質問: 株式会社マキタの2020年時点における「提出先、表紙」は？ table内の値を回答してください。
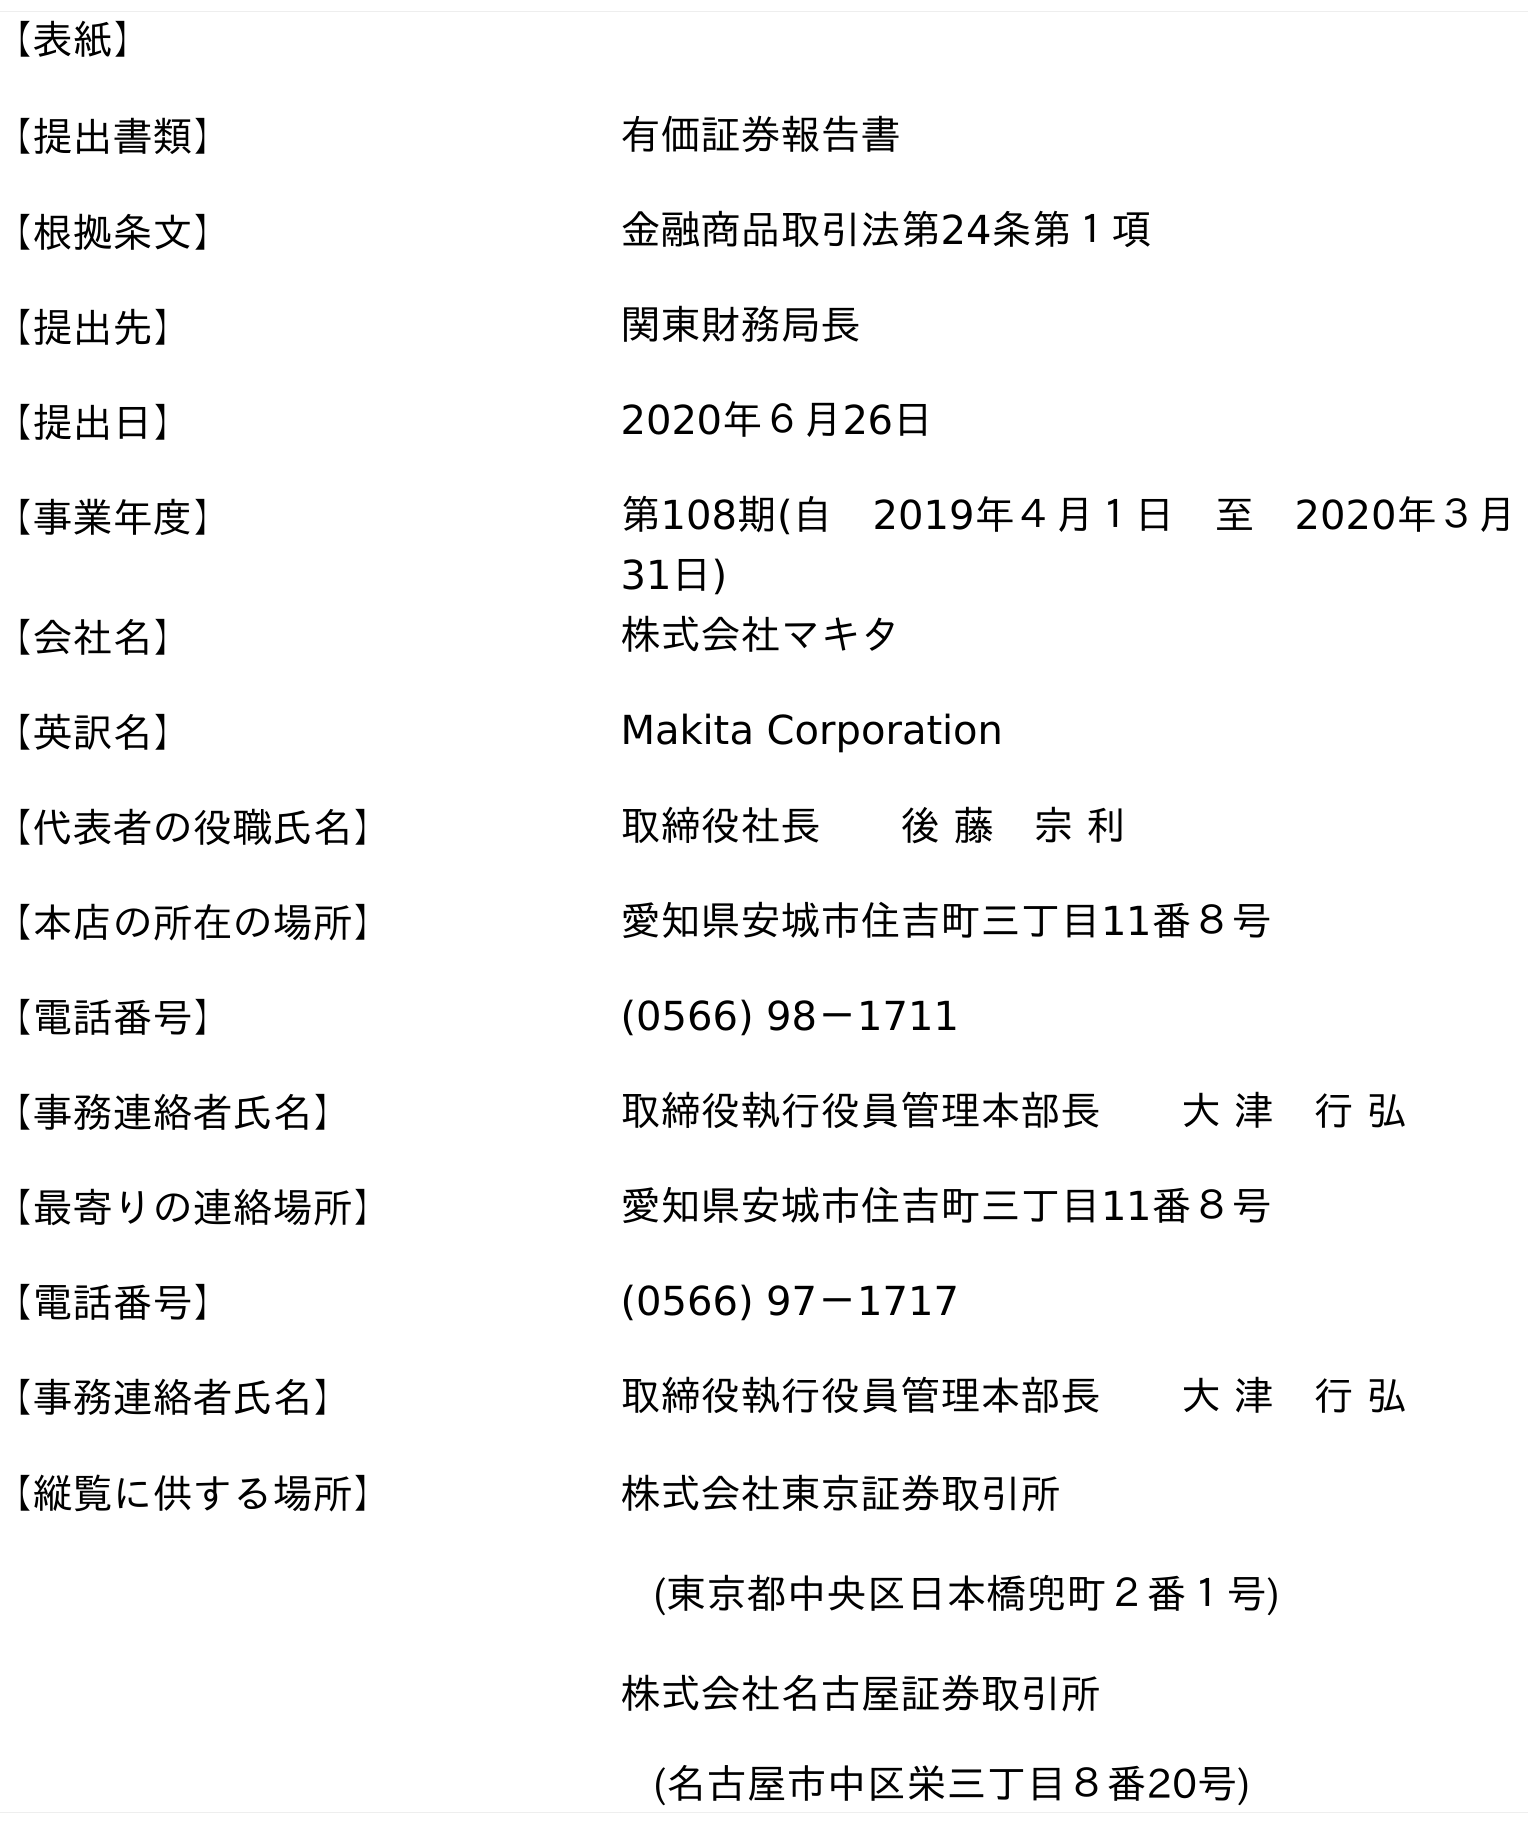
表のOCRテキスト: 【表紙】 【提出書類】 有価証券報告書 【根拠条文】 金融商品取引法第24条第１項 【提出先】 関東財務局長 【提出日】 2020年６月26日 【事業年度】 第108期(自 2019年４月１日 至 2020年３月 31日) 【会社名】 株式会社マキタ 【英訳名】 Makita Corporation 【代表者の役職氏名】 取締役社長  後 藤 宗 利 【本店の所在の場所】 愛知県安城市住吉町三丁目11番８号 【電話番号】 (0566) 98－1711 【事務連絡者氏名】 取締役執行役員管理本部長  大 津 行 弘 【最寄りの連絡場所】 愛知県安城市住吉町三丁目11番８号 【電話番号】 (0566) 97－1717 【事務連絡者氏名】 取締役執行役員管理本部長  大 津 行 弘 【縦覧に供する場所】 株式会社東京証券取引所 (東京都中央区日本橋兜町２番１号) 株式会社名古屋証券取引所 (名古屋市中区栄三丁目８番20号)
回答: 関東財務局長